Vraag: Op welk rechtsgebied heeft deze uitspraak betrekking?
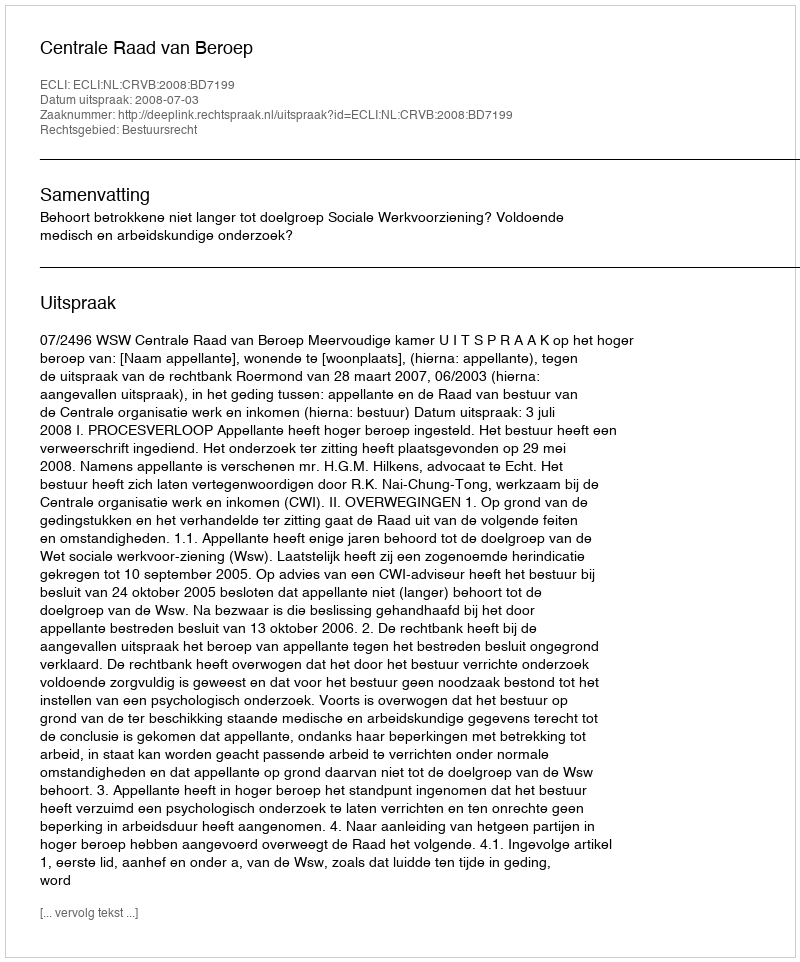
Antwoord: Bestuursrecht